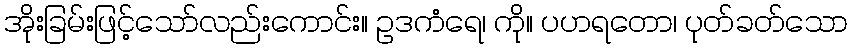
အိုးခြမ်းဖြင့်သော်လည်းကောင်း။ ဥဒကံရေ၊ ကို။ ပဟရတော၊ ပုတ်ခတ်သော